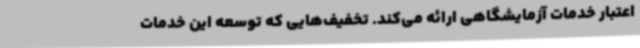
اعتبار خدمات آزمایشگاهی ارائه می‌کند. تخفیف‌هایی که توسعه این خدمات